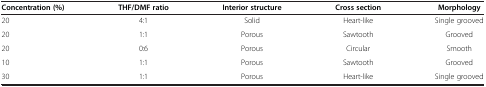
<table><thead><tr><td><b>Concentration (%)</b></td><td><b>THF/DMF ratio</b></td><td><b>Interior structure</b></td><td><b>Cross section</b></td><td><b>Morphology</b></td></tr></thead><tbody><tr><td>20</td><td>4:1</td><td>Solid</td><td>Heart-like</td><td>Single grooved</td></tr><tr><td>20</td><td>1:1</td><td>Porous</td><td>Sawtooth</td><td>Grooved</td></tr><tr><td>20</td><td>0:6</td><td>Porous</td><td>Circular</td><td>Smooth</td></tr><tr><td>10</td><td>1:1</td><td>Porous</td><td>Sawtooth</td><td>Grooved</td></tr><tr><td>30</td><td>1:1</td><td>Porous</td><td>Heart-like</td><td>Single grooved</td></tr></tbody></table>